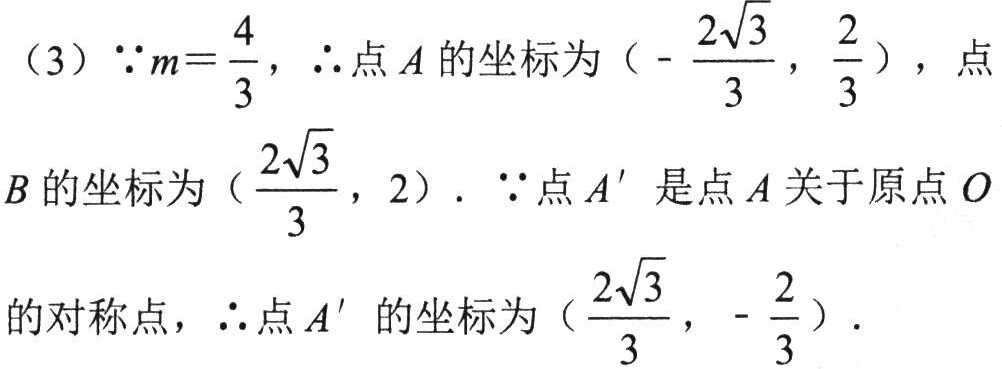
(3) \(\because m = \dfrac{4}{3}\), \(\therefore\)点 \(A\) 的坐标为 \((-\dfrac{2\sqrt{3}}{3},\dfrac{2}{3})\), 点
\(B\) 的坐标为 \((\dfrac{2\sqrt{3}}{3},2)\). \(\because\)点 \(A'\) 是点 \(A\) 关于原点 \(O\)
的对称点, \(\therefore\)点 \(A'\) 的坐标为 \((\dfrac{2\sqrt{3}}{3},-\dfrac{2}{3})\).